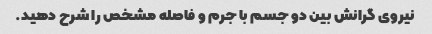
نیروی گرانش بین دو جسم با جرم و فاصله مشخص را شرح دهید.